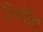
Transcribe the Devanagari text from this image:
लिपींत